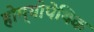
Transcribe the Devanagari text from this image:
होम्योपेथिक